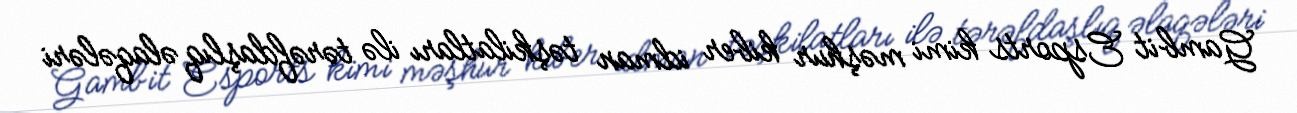
Gambit Esports kimi məşhur kiber idman təşkilatları ilə tərəfdaşlıq əlaqələri